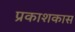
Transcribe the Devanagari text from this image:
प्रकाशकास